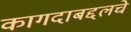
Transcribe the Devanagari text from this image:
कागदाबद्दलचे